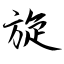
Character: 旋